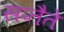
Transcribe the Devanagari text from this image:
सप्तैते